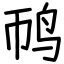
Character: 䴓